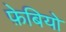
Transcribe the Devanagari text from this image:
फ़ेबियो